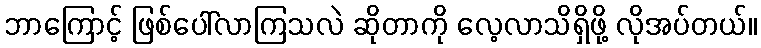
ဘာကြောင့် ဖြစ်ပေါ်လာကြသလဲ ဆိုတာကို လေ့လာသိရှိဖို့ လိုအပ်တယ်။